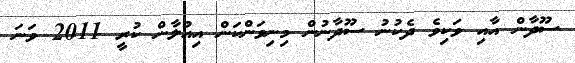
ސޫދާން އާއި ވަކިވެ ދެކުނު ސޫދާނުން މިނިވަންކަން އިއުލާން ކުރީ 2011 ވަނަ